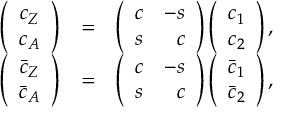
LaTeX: \begin{array} { r c l } { { \left( \begin{array} { c } { { c _ { Z } } } \\ { { c _ { A } } } \end{array} \right) } } & { { = } } & { { \left( \begin{array} { l r } { { c } } & { { - s } } \\ { { s } } & { { c } } \end{array} \right) \left( \begin{array} { c } { { c _ { 1 } } } \\ { { c _ { 2 } } } \end{array} \right) , } } \\ { { \left( \begin{array} { c } { { \bar { c } _ { Z } } } \\ { { \bar { c } _ { A } } } \end{array} \right) } } & { { = } } & { { \left( \begin{array} { l r } { { c } } & { { - s } } \\ { { s } } & { { c } } \end{array} \right) \left( \begin{array} { c } { { \bar { c } _ { 1 } } } \\ { { \bar { c } _ { 2 } } } \end{array} \right) , } } \end{array}